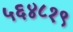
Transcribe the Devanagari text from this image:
५६४८१९